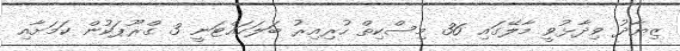
ޒިޔާދު ވިދާޅުވީ މާލޭގައި 36 މިސްކިތް ހުރިއިރު ބަލަހައްޓަނީ 3 ގްރޫޕަކުން ކަމަށާއި